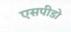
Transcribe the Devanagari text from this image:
एसपीडो